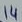
Text: 14